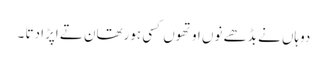
دوہاں نے بڈھے نوں اوتھوں کسی ہورتھان تے اپڑا دتا ۔